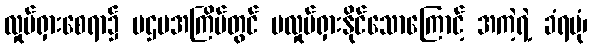
လှုပ်ရှားစေရာ၌ ပဌမအကြိမ်တွင် မလှုပ်ရှားနိုင်သောကြောင့် အကဲ့ရဲ့ ခံရပုံ၊